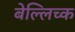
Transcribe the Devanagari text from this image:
बेल्लिच्क